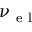
\nu _ { \mathrm { ~ e ~ l ~ } }